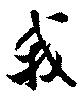
我